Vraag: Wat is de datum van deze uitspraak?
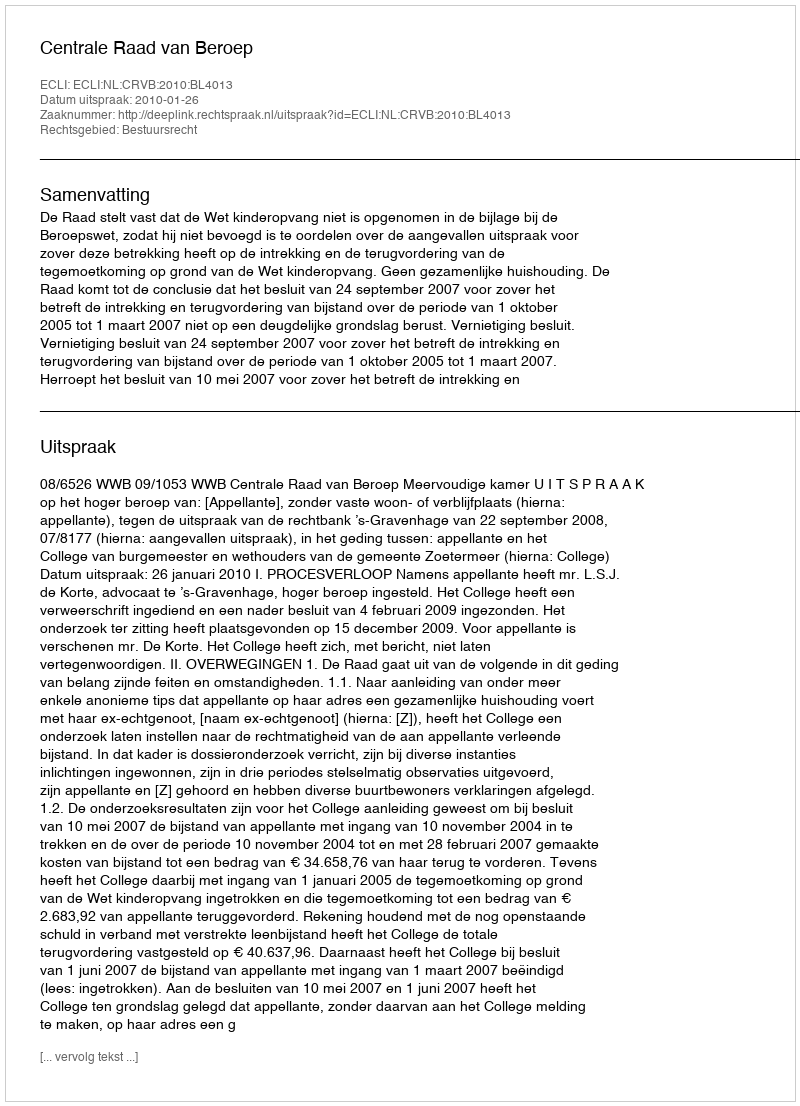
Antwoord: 2010-01-26